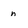
Character: n